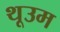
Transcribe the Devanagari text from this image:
थूउम